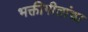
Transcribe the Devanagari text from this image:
भक्तीगीतांचा